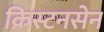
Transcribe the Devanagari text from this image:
क्रिस्टनसेन